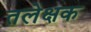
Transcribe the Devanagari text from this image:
तलेक्षक